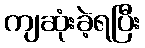
ကျဆုံးခဲ့ရပြီး